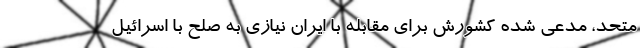
متحد، مدعی شده کشورش برای مقابله با ایران نیازی به صلح با اسرائیل